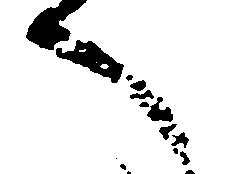
へ